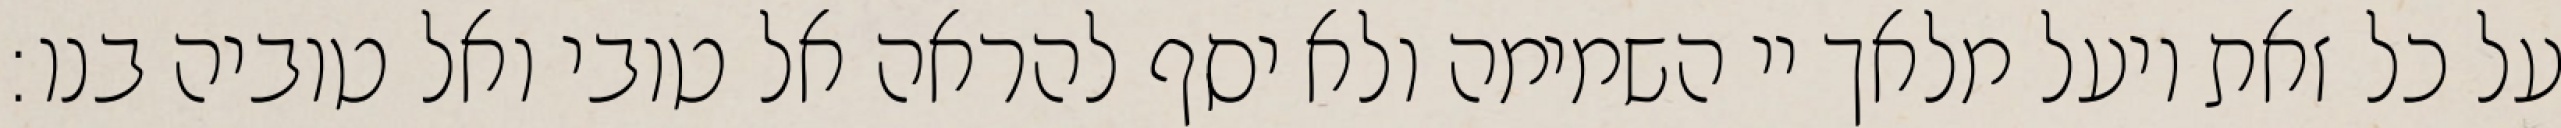
על כל זאת ויעל מלאך יי השמימה ולא יסף להראה אל טובי ואל טוביה בנו: